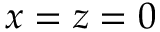
x = z = 0